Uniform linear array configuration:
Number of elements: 8
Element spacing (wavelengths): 0.5
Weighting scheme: kaiser
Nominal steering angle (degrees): -15
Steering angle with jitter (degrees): -13.847
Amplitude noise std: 0.05
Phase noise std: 0.05

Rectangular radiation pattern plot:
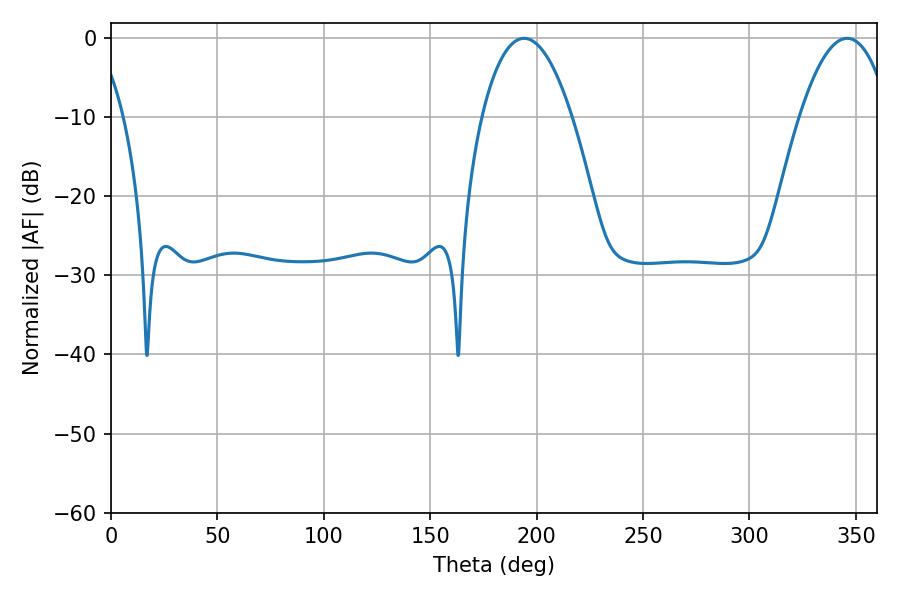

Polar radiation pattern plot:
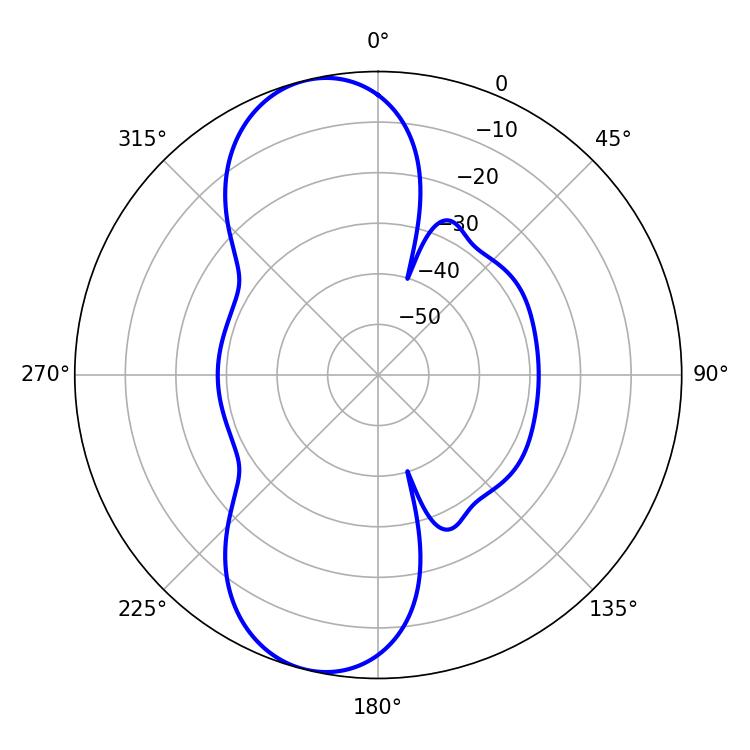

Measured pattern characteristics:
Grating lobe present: FALSE
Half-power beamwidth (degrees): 23.58
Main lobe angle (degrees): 194.04